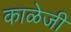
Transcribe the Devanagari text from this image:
काळेजी